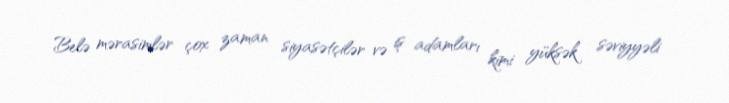
Belə mərasimlər çox zaman siyasətçilər və iş adamları kimi yüksək səviyyəli